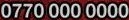
0770 000 0000